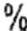
%